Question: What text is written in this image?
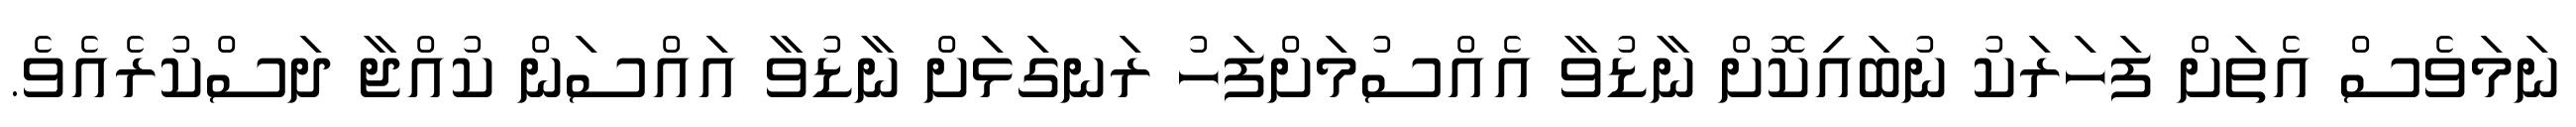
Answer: ނަމަވެސް އެތަށް ފަހަރަކު ނުބައިކޮށް ނާޑުވާ އެއްސުމަށްފަހު ރަނގަޅަށް ނާޑުވާ އައްސަން ކުއްޖާ ދަސްކުރެއެވެ.